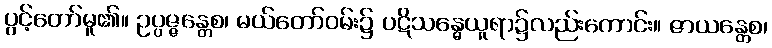
ပွင့်တော်မူ၏။ ဥပ္ပဇ္ဇန္တေစ၊ မယ်တော်ဝမ်း၌ ပဋိသန္ဓေယူရာ၌လည်းကောင်း။ ဇာယန္တေစ၊